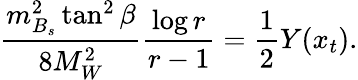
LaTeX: \frac{m_{B_{s}}^{2}\tan^{2}\beta}{8M_{W}^{2}}\frac{\log r}{r-1}=\frac{1}{2}Y(x_{t}).